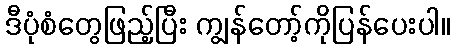
ဒီပုံစံတွေဖြည့်ပြီး ကျွန်တော့်ကိုပြန်ပေးပါ။